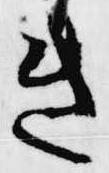
き